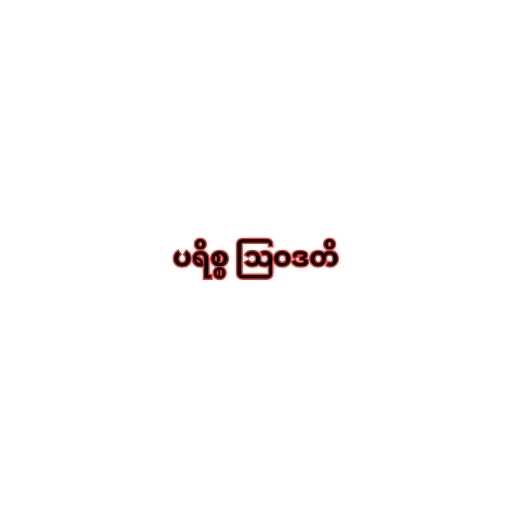
ပရိစ္စ ဩဝဒတိ